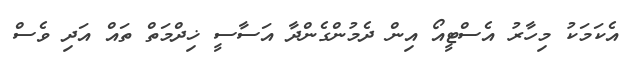
އެެކަމަކު މިހާރު އެސްޓީއޯ އިން ދެމުންގެންދާ އަސާސީ ޚިދްމަތް ތައް އަދި ވެސް